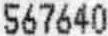
567640